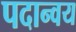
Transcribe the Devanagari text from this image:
पदान्वय